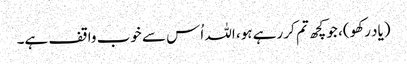
(یاد رکھو)، جو کچھ تم کر رہے ہو، اللہ اُس سے خوب واقف ہے۔